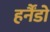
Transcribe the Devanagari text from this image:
हर्नैंडो